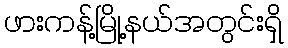
ဖားကန့်မြို့နယ်အတွင်းရှိ